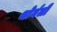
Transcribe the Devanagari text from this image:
थोर्नली